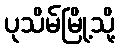
ပုသိမ်မြို့သို့